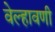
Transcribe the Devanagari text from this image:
वेल्हावणी